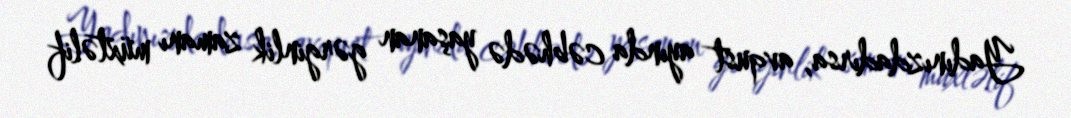
Yadınızdadırsa, avqust ayında cəbhədə yaşanan gərginlik zamanı müxtəlif